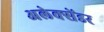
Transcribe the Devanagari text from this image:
अलेक्सेंडर